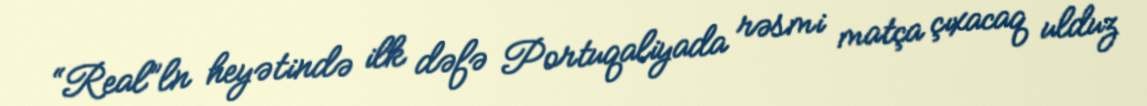
“Real”ln heyətində ilk dəfə Portuqaliyada rəsmi matça çıxacaq ulduz